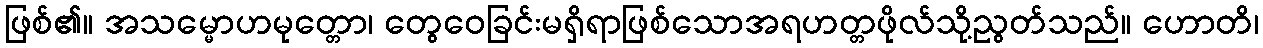
ဖြစ်၏။ အသမ္မောဟမုတ္တော၊ တွေဝေခြင်းမရှိရာဖြစ်သောအရဟတ္တဖိုလ်သို့ညွတ်သည်။ ဟောတိ၊